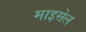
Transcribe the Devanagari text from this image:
माइसेल